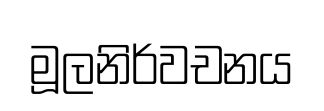
මූලනිර්වචනය